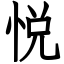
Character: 悦